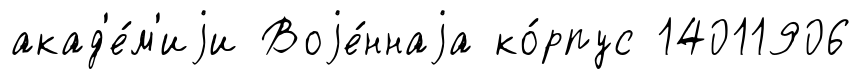
акад'е́м'иjи Воjе́ннаjа ко́рпус 14011906